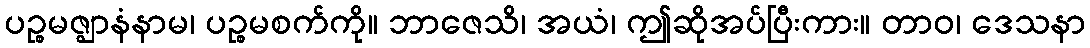
ပဉ္စမဇ္ဈာနံနာမ၊ ပဉ္စမစက်ကို။ ဘာဇေသိ၊ အယံ၊ ဤဆိုအပ်ပြီးကား။ တာဝ၊ ဒေသနာ